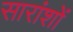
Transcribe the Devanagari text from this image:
सारांशों